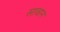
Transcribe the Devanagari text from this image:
सावान